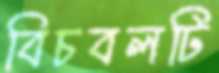
বিচবলটি